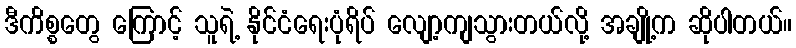
ဒီကိစ္စတွေ ကြောင့် သူရဲ့ နိုင်ငံရေးပုံရိပ် လျော့ကျသွားတယ်လို့ အချို့က ဆိုပါတယ်။